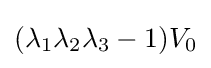
(\lambda _{1}\lambda _{2}\lambda _{3}-1)V_{0}